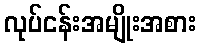
လုပ်ငန်းအမျိုးအစား